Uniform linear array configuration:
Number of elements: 64
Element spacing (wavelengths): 0.75
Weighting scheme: blackman
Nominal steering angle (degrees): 60
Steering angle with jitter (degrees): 59.213
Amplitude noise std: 0.05
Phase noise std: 0.05

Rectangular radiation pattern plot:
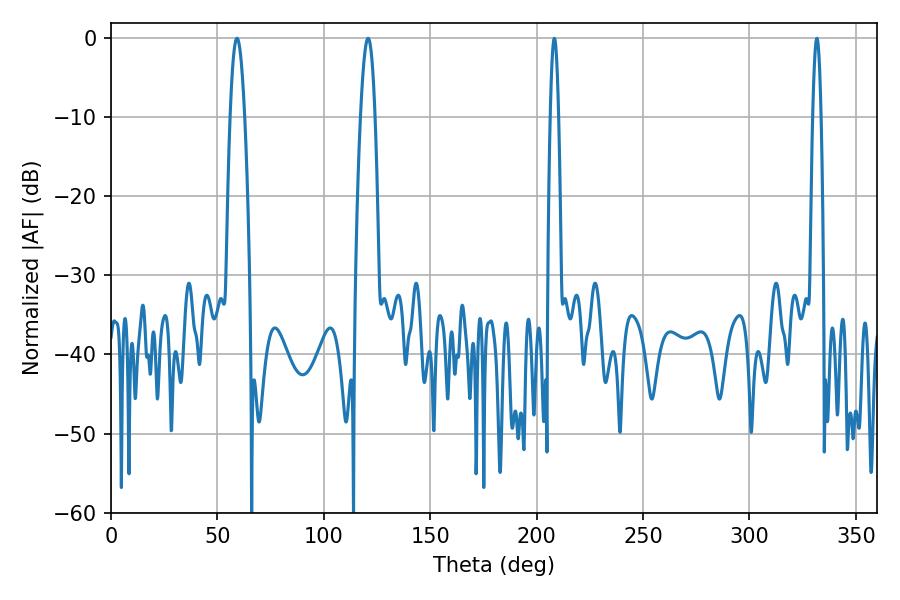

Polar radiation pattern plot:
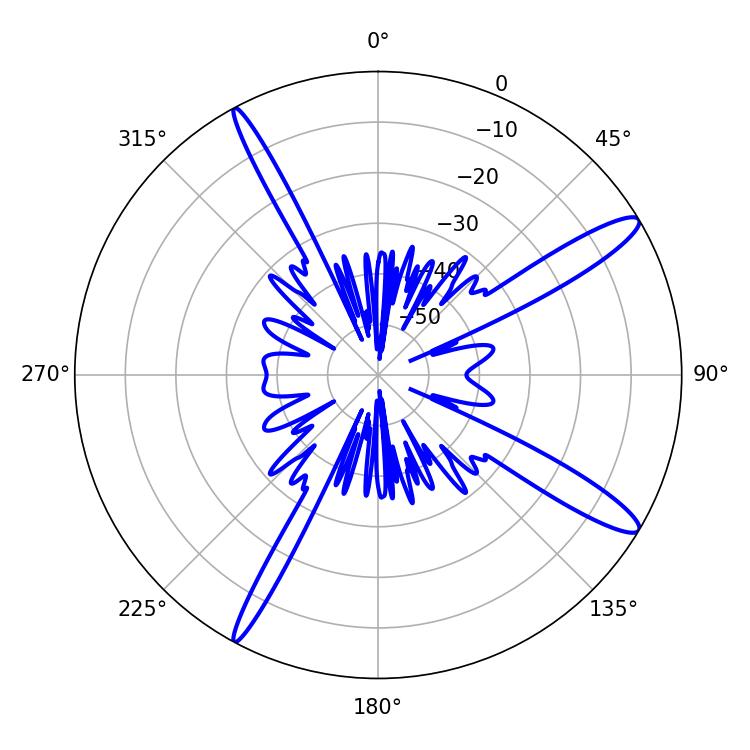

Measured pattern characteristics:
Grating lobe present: TRUE
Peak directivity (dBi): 13.811
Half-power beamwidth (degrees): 3.6
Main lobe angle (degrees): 120.78